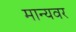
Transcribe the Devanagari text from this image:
मान्‍यवर